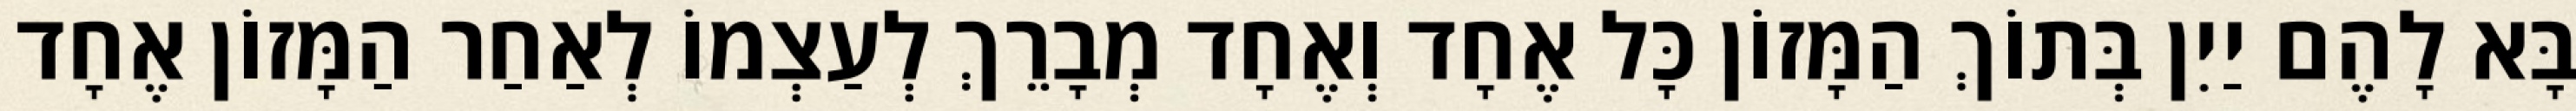
בָּא לָהֶם יַיִן בְּתוֹךְ הַמָּזוֹן כָּל אֶחָד וְאֶחָד מְבָרֵךְ לְעַצְמוֹ לְאַחַר הַמָּזוֹן אֶחָד